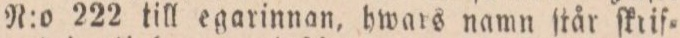
N:o 222 till egarinnan, hwars namn ſtår ſkrif=